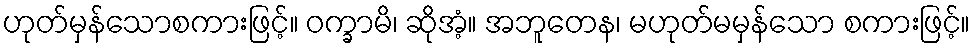
ဟုတ်မှန်သောစကားဖြင့်။ ဝက္ခာမိ၊ ဆိုအံ့။ အဘူတေန၊ မဟုတ်မမှန်သော စကားဖြင့်။